Vital statistics of India. Vol. IV, Annual returns from 1871 to 1876. British Army of India, Native Army and jails of Bengal
Year: 1871
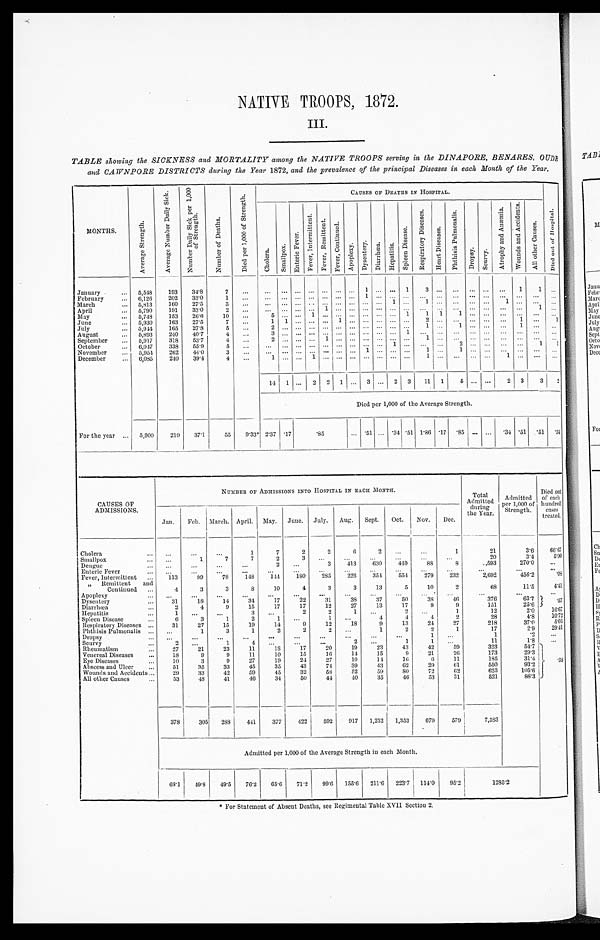
NATIVE TROOPS, 1872.
III.
TABLE showing the SICKNESS and MORTALITY among the NATIVE TROOPS serving in the DINAPORE, BENARES, OUDE
and CAWNPORE DISTRICTS during the Year 1872, and the prevalence of the principal Diseases in each Month of the Year.
MONTHS.
A v e r a g e S t r e n g t h .
A v e r a g e N u m b e r D a i l y S i c k .
N u m b e r D a i l y S i c k p e r 1 , 0 0 0 o f S t r e n g t h .
N u m b e r o f D e a t h s .
D i e d p e r 1 , 0 0 0 o f S t r e n g t h .
C A U S E S O F D E A T H S I N H O S P I T A L .
D i e d o u t o f H o s p i t a l .
C h o l e r a .
S m a l l p o x .
E n t e r i c F e v e r .
F e v e r , I n t e r m i t t e n t .
F e v e r , R e m i t t e n t . F e v e r , C o n t i n u e d .
A p o p l e x y . D y s e n t e r y . D i a r r h œ a . H e p a t i t i s .
S p l e e n D i s e a s e .
R e s p i r a t o r y D i s e a s e s .
H e a r t D i s e a s e s .
P h t h i s i s P u l m o n a l i s .
Dr o p s y . S c u r v y .
A t r o p h y a n d A n æ m i a .
W o u n d s a n d A c c i d e n t s .
A l l o t h e r C a u s e s .
January . . .
5,548 193 34.8
7
. . .
. . . . . . . . . . . . . . . . . . . . .
1 . . .
. . . 1 3 . . . . . . . . . . . .
. . . 1
1 . . .
202 33.0
1
. . .
. . . . . . . . . . . . . . . . . . . . . 1 . . . . . . . . . . . . . . . . . . . . . . . . . . . . . . . . .
. . .
February . . . 6,126 160 27.5
3
. . .
. . . . . . . . . . . . . . . . . . . . . . . . . . . 1
. . . 1 . . . . . . . . . . . .
1 . . . . . . . . .
5,813
March . . .
191 33.0
2
. . .
. . . . . . . . . . . . 1 . . . . . . . . . . . .
. . . . . . . . .. . . . . . . . . . . .
. . . . . . 1 . . .
April . . .
5,790 153 26.6
10
. . . 5 . . .. . . 1 . . . . . . . . . . . . . . .
. . . 1 1 1 1 . . . . . . . . . . . . . . .
. . .
May . . .
5,748
5,930 163 27.5
7 . . . 1 1 . . . . . . . . . 1 . . . . . . . . .
. . . . . .
2 . . .
. . .
. . . . . .
. . . 1 . . .
1
June . . .
5,944 165 27.8
5 . . . 2 . . .. . . . . . . . . . . . . . . . . . . . .
. . . . . . 1 . . .
1 . . . . . .
. . . 1
. . . . . .
July . . .
240 40.7
4 . . . 3 . . .. . . . . . . . . . . . . . . . . . . . . . . . 1
. . .
. . .
. . .
. . . . . .
. . . . . . . . . . . .
August . . .
5,893 318 53.7
4 . . . 2 . . .. . . . . . 1 . . . . . . . . . . . .
. . . . . .
1 . . .
. . .
. . . . . .
. . . . . . . . . . . .
September . . . 5,917 338 55.9
5
. . .
. . . . . . . . . . . . . . . . . . . . . . . . . . . 1
. . .
. . .
. . .
2 . . . . . .
. . . . . . 1 1
October . . .
6,047 262 44.0
3 . . .
. . . . . . . . . . . . . . . . . . . . . 1 . . .
. . . . . . 1 . . . 1 . . . . . .
. . . . . . . . . . . .
November . . . 5,954 240 39.4
4 . . .
1 . . .. . . 1 . . . . . . . . . . . . . . .
. . . . . .
1 . . .
. . .
. . . . . .
1 . . . . . . . . .
December . . . 6,085
14 1 . . . 2 2 1 . . . 3 . . . 2 3 11 1 5 . . . . . .
2 3
3 2
Died per 1,000 of the Average Strength.
F o r t h e y e a r . . .
5,900 219 37.1
55 9.33* 2.37 . 1 7
. 8 5 . . . . 5 1 . . . .34 .51 1.86 .17 .85 . . . . . . .34 .51 .51 .34
CAUSES OF
ADMISSIONS.
NUMBER OF ADMISSIONS INTO HOSPITAL IN EACH MONTH.
Total
Admitted
dur i ng t he Ye a r .
Admitted
per 1,000 of
Strength.
Di ed out
of each
hundred cases
treated.
J a n .
Feb. March. April. May. June. July. Aug. Sept. Oct. Nov. Dec.
Cholera . . .
. . .
. . .
. . .
1
7
2
2
6
2
. . .
. . .
1
21
3.6
6 6 . 6 7
Smallpox . . .
. . .
1
7
7
2
3
. . . . . .
. . .
. . .
. . .
. . .
20
3.4
5 . 0 0
. . .
. . .
. . .
. . .
2
. . . 3 413 630 449
88
8
593
270.0
. . .
D e n g u e . . .
Enteric Fever . . .
. . .
. . .
. . .
. . .
. . .
. . .
. . .
. . .
. . .
. . .
. . .
. . .
. . .
. . .
. . .
Fever, Intermittent . . . 113
99
78 148 144 180 285 226 354 554 279 232
2,692
456.2
. 0 8
" Remittent and
Continued . . .
4
3
3
8
10
4
3
3
13
5
10
2
68
11.5
4 . 4 1
Apoplexy . . .
. . .
. . .
. . .
. . .
. . .
. . .
. . .
. . .
. . .
. . .
. . . . . .
. . .
. . .
. . .
38 37
50
38 46
376
63.7
. 5 7
Dysentery . . .
31
18
14
34 17
22
31
151
25.6
Diarrhœa . . .
2
4
9
15
17
17
12
27
13
17
9
9
12
2.0 1 6 . 6 7
Hepatitis . . .
1
. . .
. . .
3
. . .
2
2
1
. . .
2
. . . 1
1 0 . 7 2
4.8
Spleen Disease . . .
6
3
1
2
1
. . .
1 . . .
4
4
4
2
28
218
5 . 0 5
37.0
Respiratory Diseases . . . 31
2 7
1 5
1 9
1 4
9
1 2
1 8
9
1 3 24
2 7
2.9 2 9 . 4 1
Phthisis Pulmonalis . . . . . .
1
3
1
2
2
2
. . .
1
2
2
1
17
D r o p s y . . .
. . .
. . .
. . .
. . .
. . . . . .
. . .
. . . . . .
. . .
1
. . .
1
. 2
. . .
S c u r v y . . .
2
. . . 1
4 . . .
. . .
. . .
2
. . .
1
1
. . .
11
1 . 8
. . .
5 4 . 7
R h e u m a t i s m . . . 27
21
23
11
18
17
20
19
23
43
4 2
5 9
323
. 3 8
2 9 . 3
173
Venereal Diseases . . .
18
9
9
11
10
15
1 6 14
15
9
21
26
3 1 . 4
185
Eye Diseases . . .
10
3
9
27
19
24
27
19
14 16
6
11
93.2
550
Abscess and Ulcer . . .
51
35
33
45
35
43
74 39
43
62
29
61
623
105.6
62
Wounds and Accidents . . . 29
33
42
59
45
32
58 52
59
8 0 72
All other Causes . . .
53
48
41
46
34
50
44
40
35
46
53
31
521
88.3
378
305 288 441 377 422 592 917 1,252 1,353 679 579
7,583
Admitted per 1,000 of the Average Strength in each Month.
68.1 49.8 49.5 76.2 65.6 71.2 99.6 155.6 211.6 223.7 114.0 95.2
1 2 8 5 . 2
* For Statement of Absent Deaths, see Regimental Table XVII Section 2.